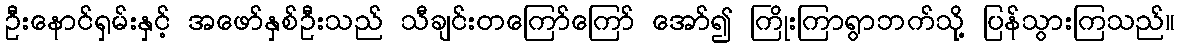
ဦးနောင်ရှမ်းနှင့် အဖော်နှစ်ဦးသည် သီချင်းတကြော်ကြော် အော်၍ ကြိုးကြာရွာဘက်သို့ ပြန်သွားကြသည်။